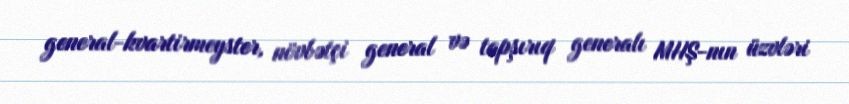
general-kvartirmeyster, növbətçi general və tapşırıq generalı MHŞ-nın üzvləri